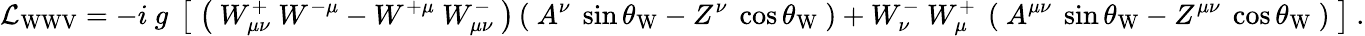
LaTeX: {\mathcal{L}}_{\mathrm{WWV}}=-i\ g\ \left[\; \left(\ W_{\mu\nu}^{+}\ W^{-\mu}-W^{+\mu}\ W_{\mu\nu}^{-}\ \right)\left(\ A^{\nu}\ \sin\theta_{\mathrm{W}}-Z^{\nu}\ \cos\theta_{\mathrm{W}}\ \right)+W_{\nu}^{-}\ W_{\mu}^{+}\ \left(\ A^{\mu\nu}\ \sin\theta_{\mathrm{W}}-Z^{\mu\nu}\ \cos\theta_{\mathrm{W}}\ \right)\; \right]~.